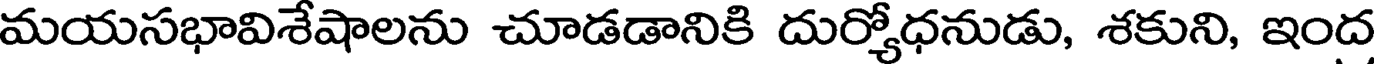
మయసభావిశేషాలను చూడడానికి దుర్యోధనుడు, శకుని, ఇంద